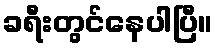
ခရီးတွင်နေပါပြီ။